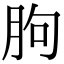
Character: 胊